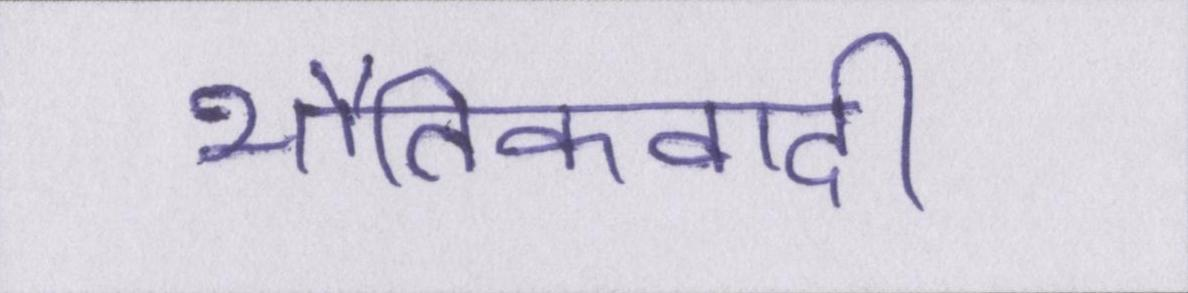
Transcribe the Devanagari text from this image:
भौतिकवादी